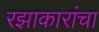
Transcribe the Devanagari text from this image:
रझाकारांचा